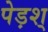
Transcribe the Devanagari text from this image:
पेड़श्